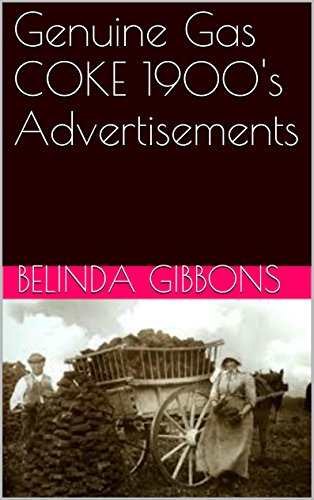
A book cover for Genuine Gas COKE 1900's Advertisements; belinda gibbons; Crafts, Hobbies & Home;